59_214434_SP 16 [7.18.1963]
Agency: Department of State
Incident date: 7/18/63
Page 2
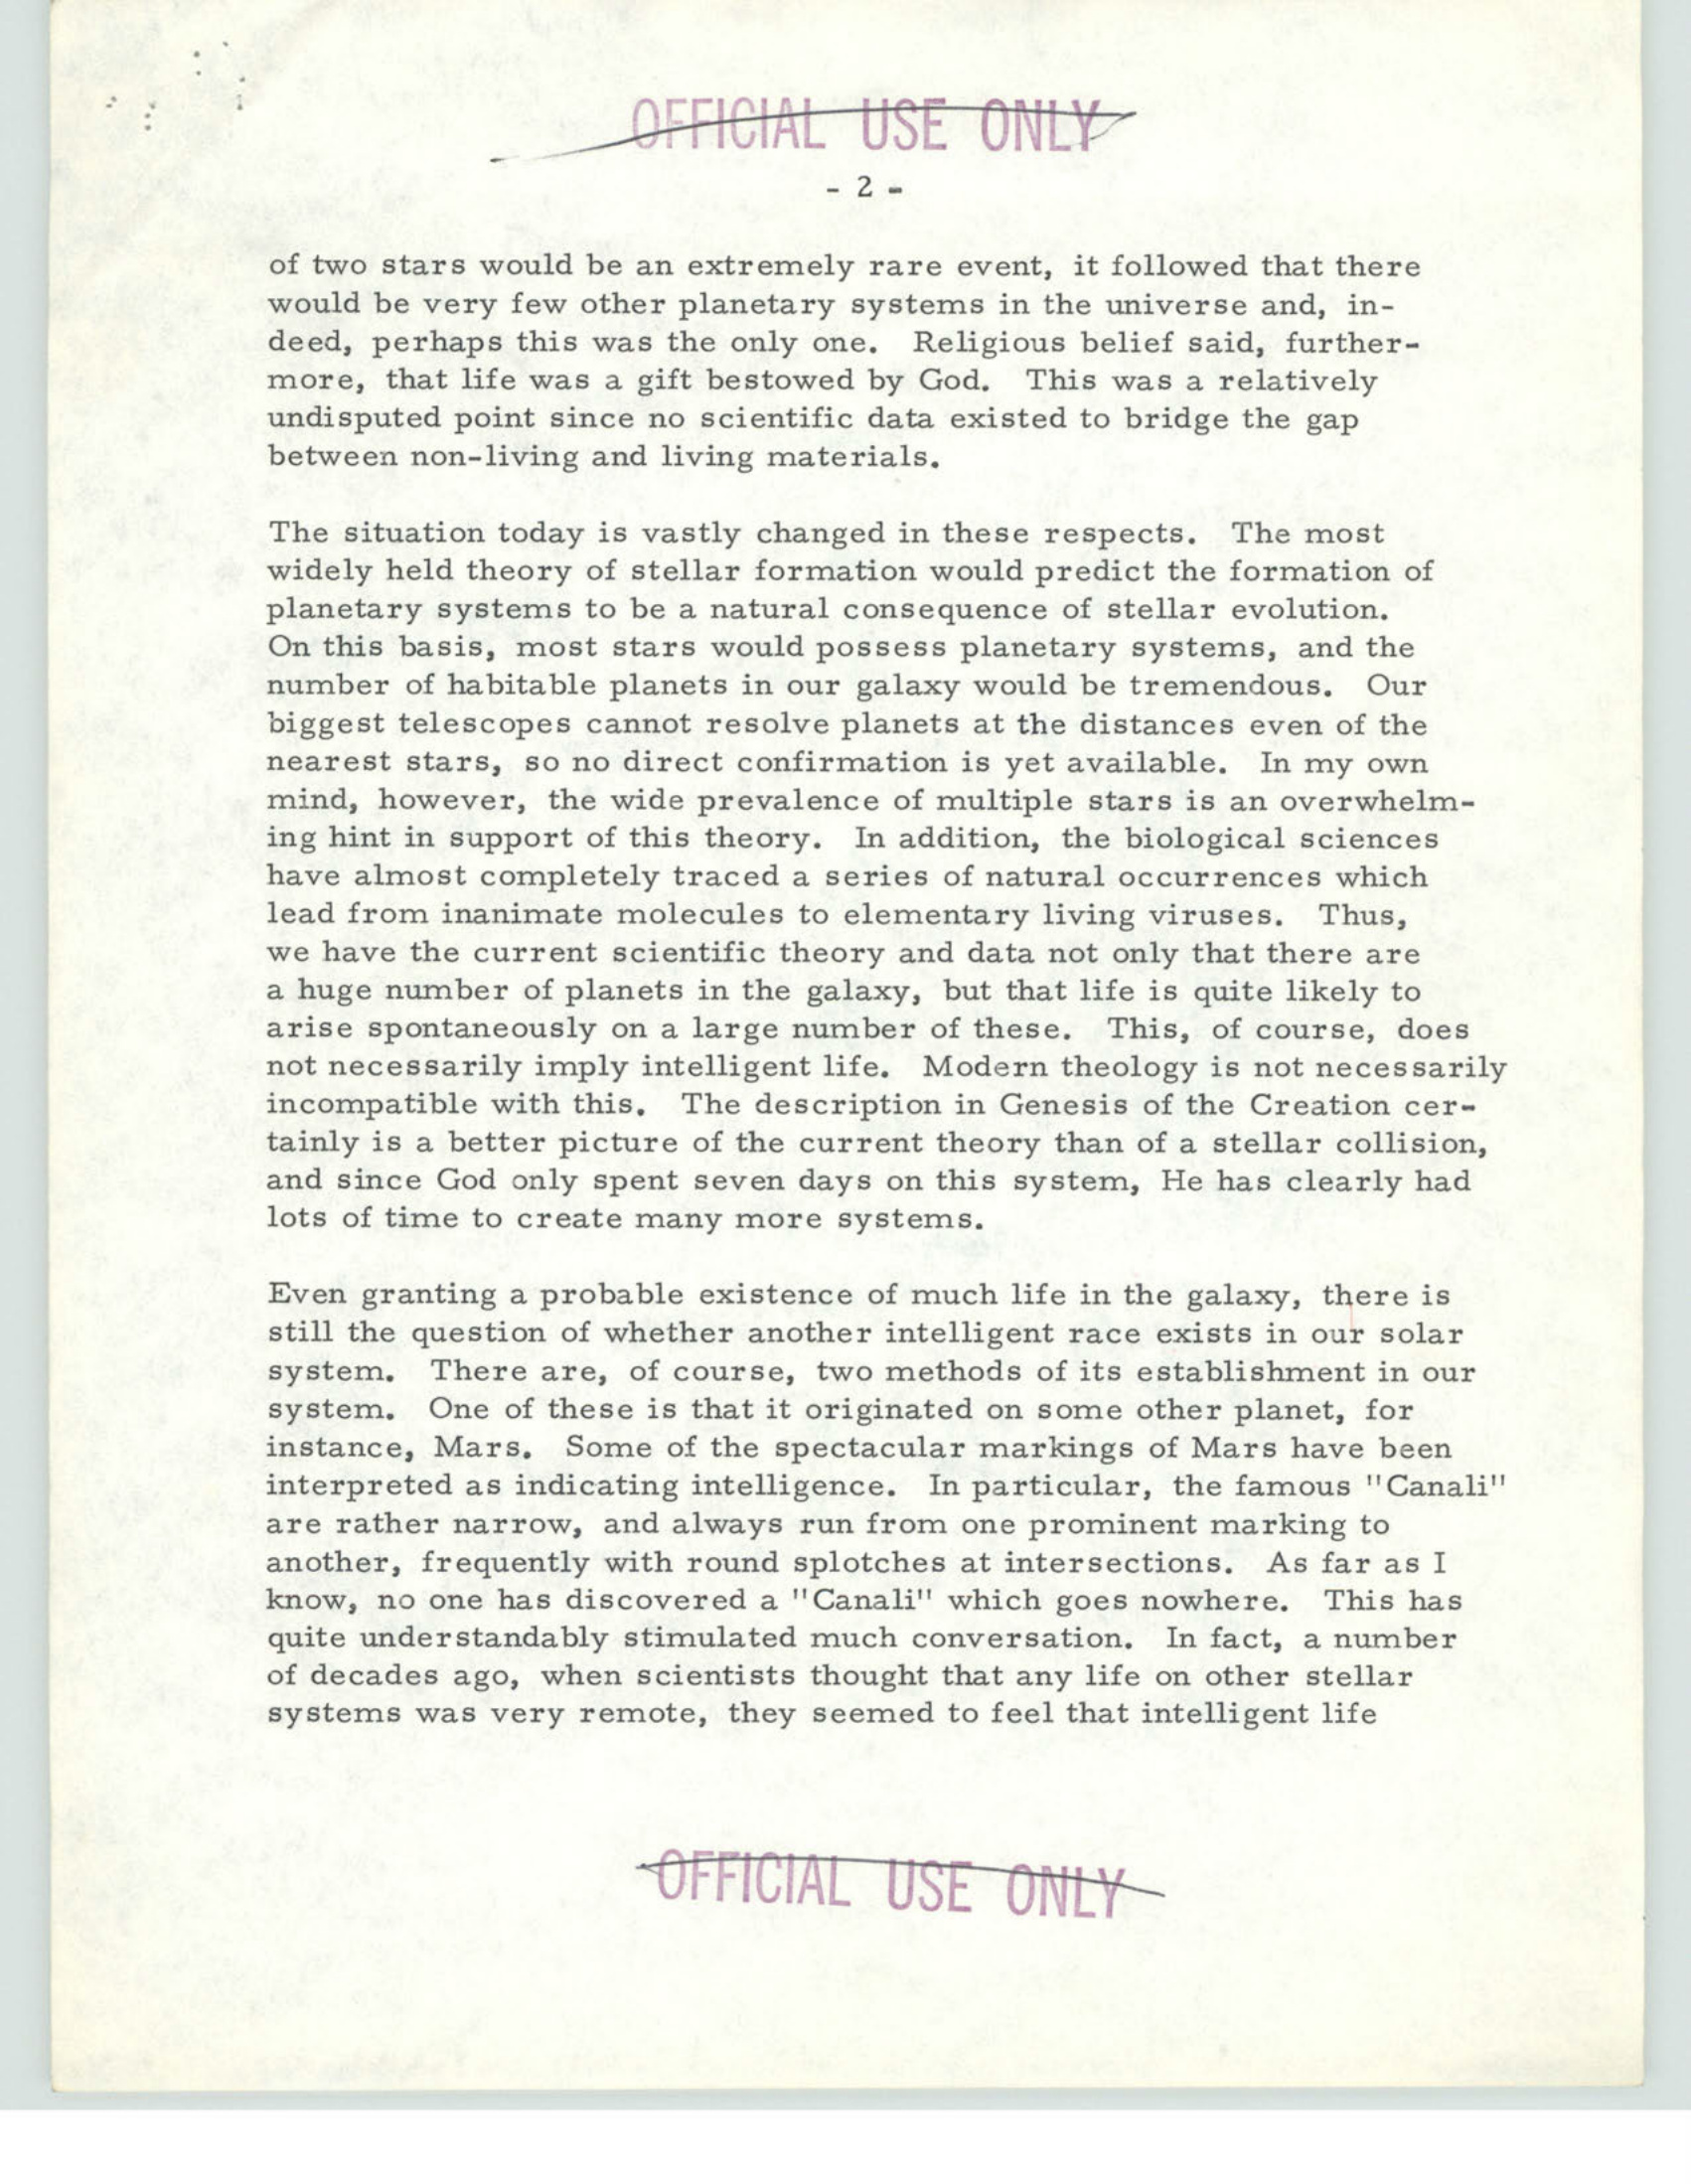